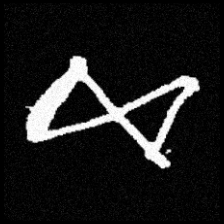
Pyu character \u2014 Myanmar letter: ဆ (romanized: cha)